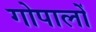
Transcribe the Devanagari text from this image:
गोपालों